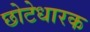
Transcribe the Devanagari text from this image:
छोटेधारक